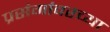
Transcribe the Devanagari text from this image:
प्रसंगांवरच्या